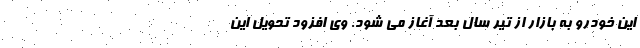
این خودرو به بازار از تیر سال بعد آغاز می شود. وی افزود تحویل این